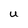
Character: U